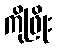
ကိုဖြိုး